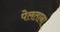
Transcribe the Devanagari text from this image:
पेलताना